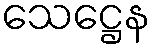
သေဋ္ဌေန